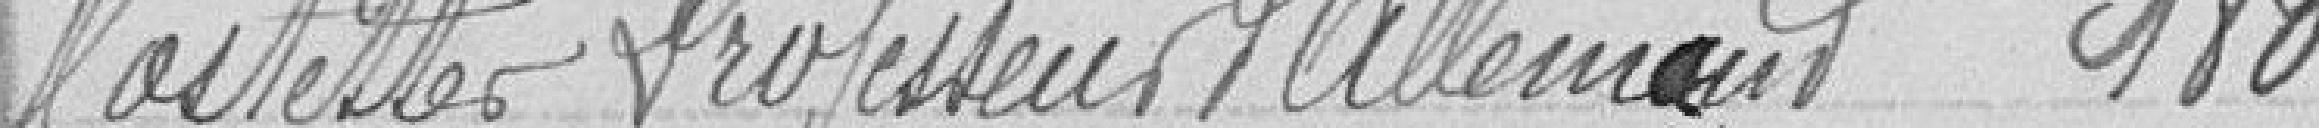
Hostetter Professeur d'allemand  180